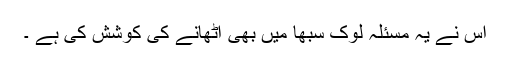
اس نے یہ مسئلہ لوک سبھا میں بھی اٹھانے کی کوشش کی ہے ۔